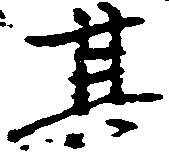
其